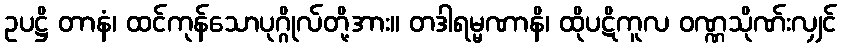
ဥပဋ္ဌိ တာနံ၊ ထင်ကုန်သောပုဂ္ဂိုလ်တို့အား။ တဒါရမ္မဏာနိ၊ ထိုပဋိကူလ ဝဏ္ဏသိုဏ်းလျှင်